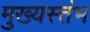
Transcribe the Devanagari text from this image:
मुख्यस्तंभ